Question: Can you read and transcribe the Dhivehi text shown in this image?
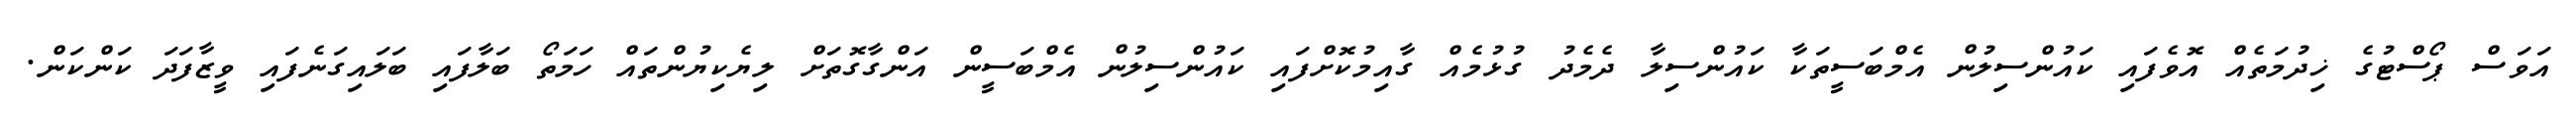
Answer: އަވަސް ޕޯސްޓުގެ ޚިދުމަތެއް އޮވެފައި ކައުންސިލުން އެމްބަސީތަކާ ކައުންސިލާ ދެމެދު ގުޅުމެއް ގާއިމުކޮށްފައި ކައުންސިލުން އެމްބަސީން އަންގާގޮތަށް ލިޔެކިޔުންތައް ހަމަތޯ ބަލާފައި ބަލައިގަނެފައި ވީޒާފަދަ ކަންކަން.